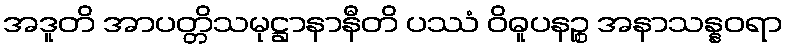
အဒူတိ အာပတ္တိသမုဋ္ဌာနာနီတိ ပဿံ ဝိဓူပနဉ္စ အနာသန္နဝရာ